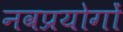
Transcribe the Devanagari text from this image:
नवप्रयोगों